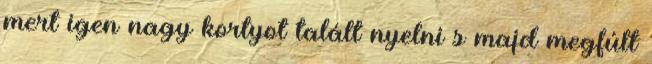
mert igen nagy kortyot talált nyelni s majd megfúlt